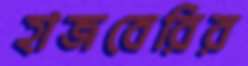
হাজবেরির